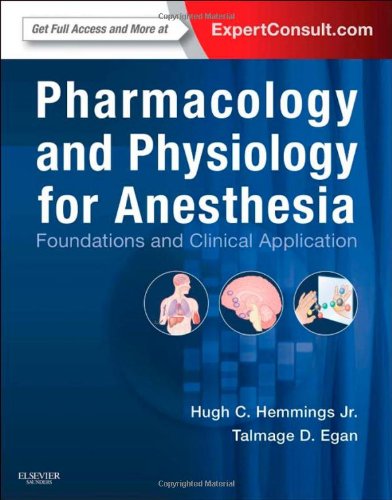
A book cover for Pharmacology and Physiology for Anesthesia: Foundations and Clinical Application: Expert Consult - Online and Print, 1e; Hugh C. Hemmings BS  MD  PhD; Medical Books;